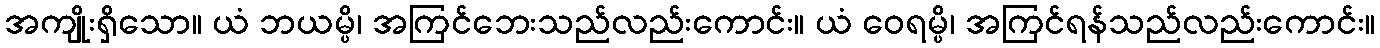
အကျိုးရှိသော။ ယံ ဘယမ္ပိ၊ အကြင်ဘေးသည်လည်းကောင်း။ ယံ ဝေရမ္ပိ၊ အကြင်ရန်သည်လည်းကောင်း။